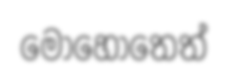
මොහොතෙත්